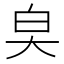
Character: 㚖